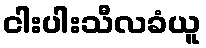
ငါးပါးသီလခံယူ